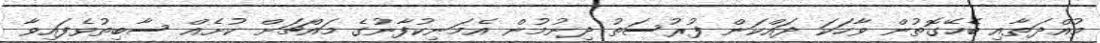
މުއްދަތާއި ބެހޭގޮތުން ވާހަކަ ދައްކަން ފުރުސަތު ދިނުމުން އެމަނިކުފާނުގެ މައްޗަށް ކުށެއް ސާބިތުވެފައިވާ